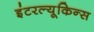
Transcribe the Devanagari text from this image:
इंटरल्यूकिन्स